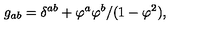
g _ { a b } = \delta ^ { a b } + \varphi ^ { a } \varphi ^ { b } / ( 1 - \varphi ^ { 2 } ) ,